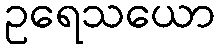
ဥရေသယော